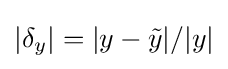
|\delta _{y}|=|y-{\tilde {y}}|/|y|